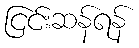
ငြင်းဆန်ရန်